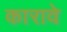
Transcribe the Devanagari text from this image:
कारावे